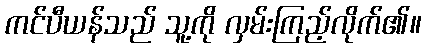
ကင်ပီယန်သည် သူ့ကို လှမ်းကြည့်လိုက်၏။